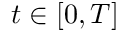
t \in [ 0 , T ]